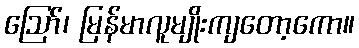
ဪ၊ မြန်မာလူမျိုးကျတော့ကော။